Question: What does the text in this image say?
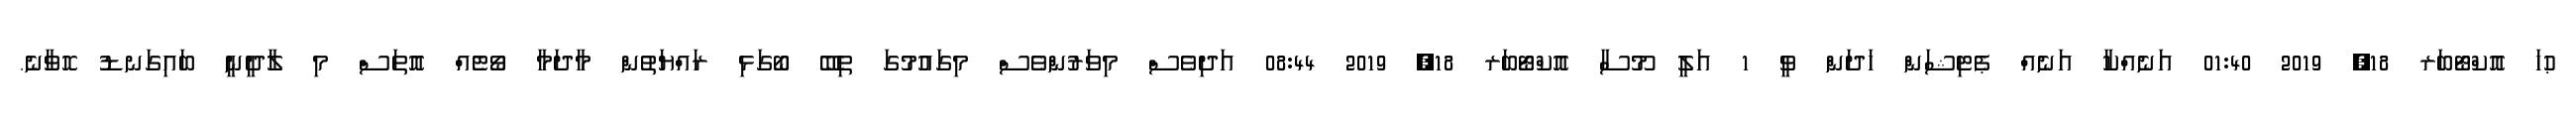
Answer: ޙުހަ އޮކްޓޯބަރ 18, 2019 01:40 އަނެއްކާ އަނެއް ޕެޓިޝަން ހަދަން ވީ 1 އަލީ މޫސާ އޮކްޓޯބަރ 18, 2019 08:44 އަދިވެސް މިވަރުންވެސް މިގައުމުގަ ތިބޭ ބޯގަޅި ރައްޔަތުން މާދަމާ ވޯޓެއް އޮތަސް މި ލާދީނީ ބައިގަނޑު ހޮވާނެ.